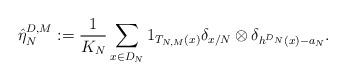
LaTeX: \begin{align*}\hat{\eta}_{N}^{D,M}:=\frac{1}{K_{N}}\sum_{x\in D_{N}}1_{T_{N,M}(x)}\delta_{x/N}\otimes\delta_{h^{D_{N}}(x)-a_{N}}.\end{align*}